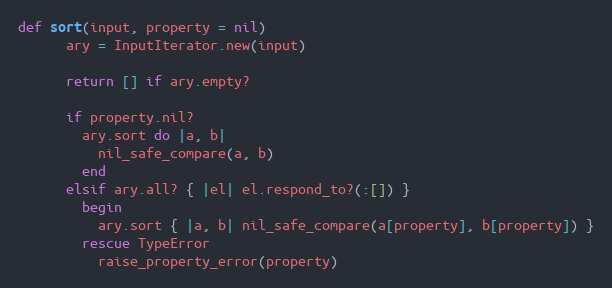
Language: Ruby
def sort(input, property = nil)
      ary = InputIterator.new(input)

      return [] if ary.empty?

      if property.nil?
        ary.sort do |a, b|
          nil_safe_compare(a, b)
        end
      elsif ary.all? { |el| el.respond_to?(:[]) }
        begin
          ary.sort { |a, b| nil_safe_compare(a[property], b[property]) }
        rescue TypeError
          raise_property_error(property)